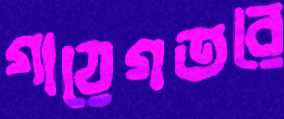
গায়েগতরে